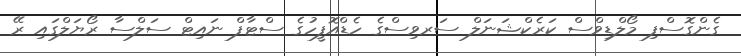
ގެންގޮސްފި މޯލްޑިވްސް ކަރެކްޝަނަލް ސަރވިސްގެ ހެޑްއޮފީހުގެ ސްޓާފް ނައިޓް ސަލްސާ ރޯޔަލްގައި ރޭ